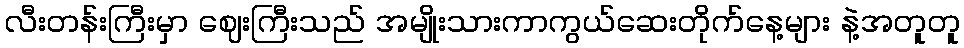
လီးတန်းကြီးမှာ ဈေးကြီးသည် အမျိုးသားကာကွယ်ဆေးတိုက်နေ့များ နဲ့အတူတူ